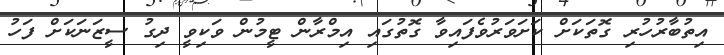
އިތުބާރުހުރި ގޮތަކަށް ކަށަވަރުވެފައިވާ ގޮތުގައި އިމްރާން ޓީމުން ވަކިވީ ދިގު ސީޒަނަކަށް ފަހު